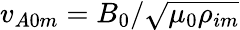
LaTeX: v_{A0m}=B_{0}/\sqrt{\mu_{0}\rho_{im}}